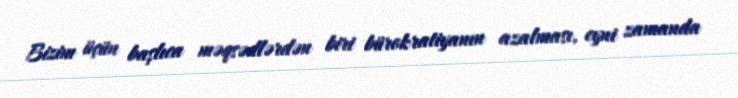
Bizim üçün başlıca məqsədlərdən biri bürokratiyanın azalması, eyni zamanda